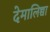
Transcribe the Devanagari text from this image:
देमालिच्चा